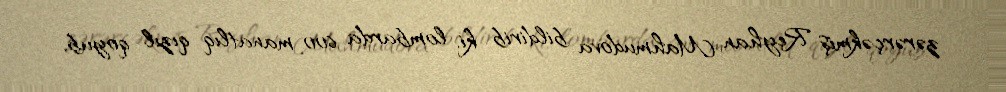
zərərçəkmiş Reyhan Mahmudova bildirib ki, lombarda 600 manatlıq qızıl qoyub,